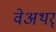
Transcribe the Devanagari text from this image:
वेअथर्